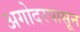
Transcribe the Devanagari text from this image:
अगोदरपासून